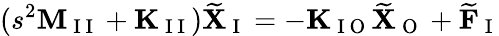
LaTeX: (s^{2}\mathbf{M}_{\mathrm{~I~I~}}+\mathbf{K}_{\mathrm{~I~I~}})\widetilde{\mathbf{X}}_{\mathrm{~I~}}=-\mathbf{K}_{\mathrm{~I~O~}}\widetilde{\mathbf{X}}_{\mathrm{~O~}}+\widetilde{\mathbf{F}}_{\mathrm{~I~}}